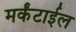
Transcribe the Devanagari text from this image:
मर्कंटाईल